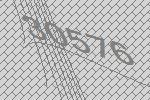
30576